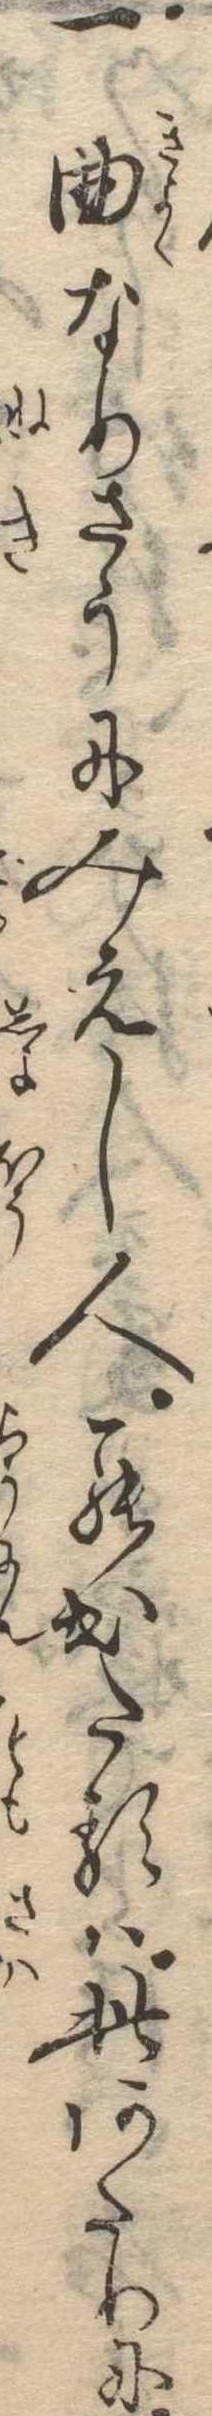
一曲なりさうにみえし人罷出たるは此あたりに